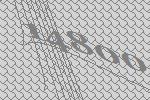
14800